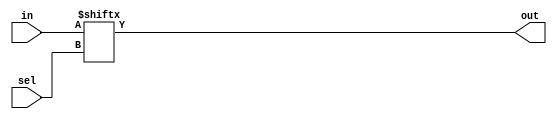
/*** MULTIPLEXER 16 to 1 ***/
`timescale 1ns / 1ps

/* Behavioral Module (MUX 2to1) */
module mux_2to1(in, sel, out);
    input [1:0]in;
    input sel;
    output out;
    assign out = in[sel];
endmodule

/* Structural Module (MUX 4to1 from 2to1) */
module mux_4to1(in, sel, out);
    input [3:0]in;
    input [1:0]sel;
    output out;
    wire [1:0]t;
    mux_2to1 m0 (in[1:0], sel[0], t[0]);
    mux_2to1 m2 (in[3:2], sel[0], t[1]);
    mux_2to1 m3 (t, sel[1], out);
endmodule

/* Structural Module (MUX 16to1 from 4to1) */
module mux_16to1(in, sel, out);
    input [15:0]in;
    input [3:0]sel;
    output out;
    wire [3:0]t;
    
    mux_4to1 m0 (in[3:0], sel[1:0], t[0]);
    mux_4to1 m1 (in[7:4], sel[1:0], t[1]);
    mux_4to1 m2 (in[11:8], sel[1:0], t[2]);
    mux_4to1 m3 (in[15:12], sel[1:0], t[3]);
    mux_4to1 m4 (t, sel[3:2], out);
endmodule